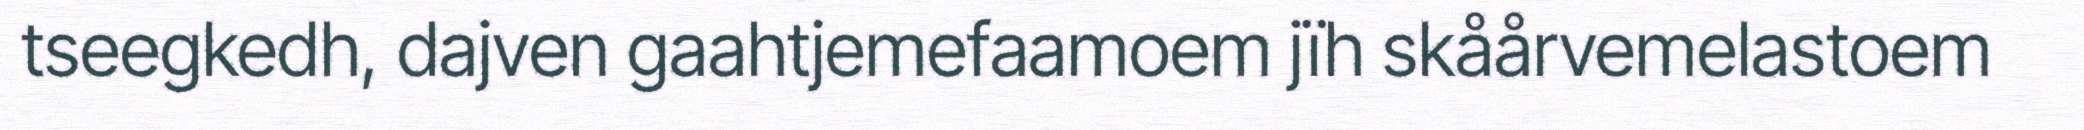
tseegkedh, dajven gaahtjemefaamoem jïh skåårvemelastoem